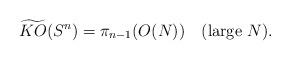
LaTeX: \begin{align*}\widetilde{KO} (S^n) = \pi_{n-1} (O(N)) \quad ({\rm large}~N).\end{align*}